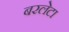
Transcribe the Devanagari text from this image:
बरलेटा